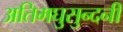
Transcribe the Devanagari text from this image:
अतिमघुसुन्दनी